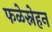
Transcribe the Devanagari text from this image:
फळेस्नेहन